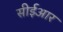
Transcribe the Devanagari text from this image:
सीईआर